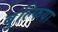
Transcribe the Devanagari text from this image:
बुल्फिया